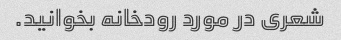
شعری در مورد رودخانه بخوانید.